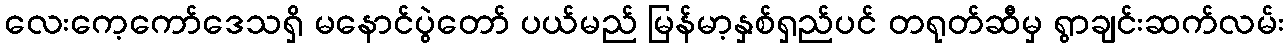
လေးကေ့ကော်ဒေသရှိ မနောင်ပွဲတော် ပယ်မည် မြန်မာ့နှစ်ရှည်ပင် တရုတ်ဆီမှ ရွာချင်းဆက်လမ်း